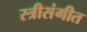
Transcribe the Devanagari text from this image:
स्त्रीसंगीत